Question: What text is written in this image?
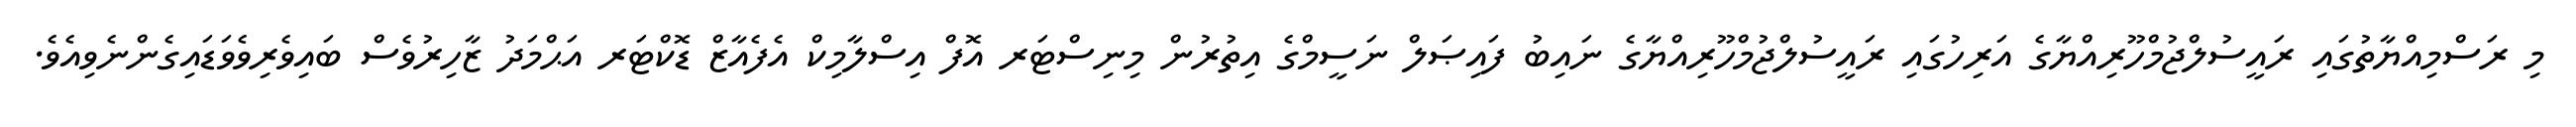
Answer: މި ރަސްމިއްޔާތުގައި ރައީސުލްޖުމްހޫރިއްޔާގެ އަރިހުގައި ރައީސުލްޖުމްހޫރިއްޔާގެ ނައިބު ފައިޞަލް ނަސީމްގެ އިތުރުން މިނިސްޓަރ އޮފް އިސްލާމިކް އެފެއާޒް ޑޮކްޓަރ އަޙްމަދު ޒާހިރުވެސް ބައިވެރިވެވަޑައިގެންނެވިއެވެ.